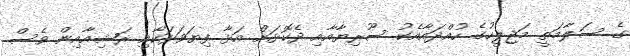
ގެ ސަލާމަތީ މަޖިލީހުގެ ހުއްދައާއެކު ސޫރިޔާއާއި ދެކޮޅަށް އަޅާ ފިޔަވަޅަކާއި ރަޝިއާއިން ވެސް